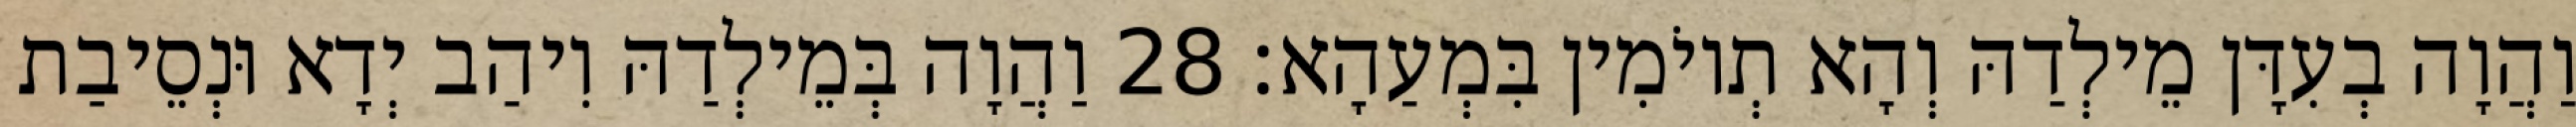
וַהֲוָה בְעִדָּן מֵילְדַהּ וְהָא תְיוֹמִין בִּמְעַהָא׃ 28 וַהֲוָה בְּמֵילְדַהּ וִיהַב יְדָא וּנְסֵיבַת